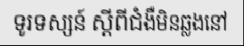
ទូរទស្សន៍ ស្តីពីជំងឺមិនឆ្លងនៅ